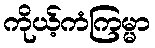
ကိုယ့်ကံကြမ္မာ